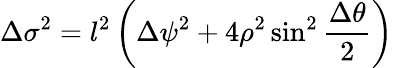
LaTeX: \Delta\sigma^{2}=l^{2}\left(\Delta\psi^{2}+4\rho^{2}\sin^{2}{\frac{\Delta\theta}{2}}\right)